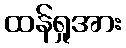
ထန်ရှုအား